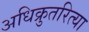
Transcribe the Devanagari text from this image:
अधिक्रुतरित्या